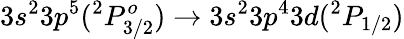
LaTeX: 3s^{2}3p^{5}(^{2}P_{3/2}^{o})\rightarrow 3s^{2}3p^{4}3d(^{2}P_{1/2})